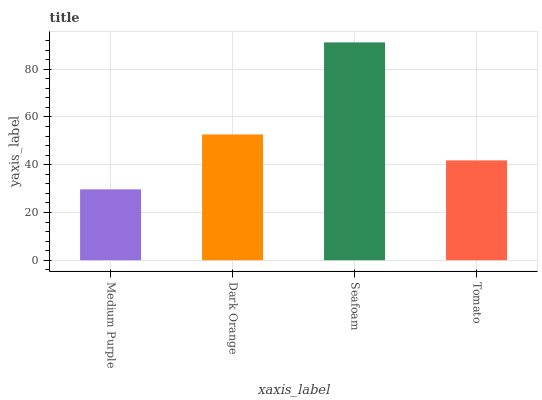
| xaxis_label | bars |
 | --- | --- |
 | Medium Purple | 29.7 |
 | Dark Orange | 52.7 |
 | Seafoam | 91.2 |
 | Tomato | 41.8 |